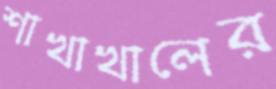
শাখাখালের